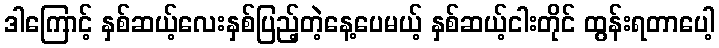
ဒါကြောင့် နှစ်ဆယ့်လေးနှစ်ပြည့်တဲ့နေ့ပေမယ့် နှစ်ဆယ့်ငါးတိုင် ထွန်းရတာပေါ့